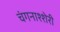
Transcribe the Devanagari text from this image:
चंगनाश्शेरी